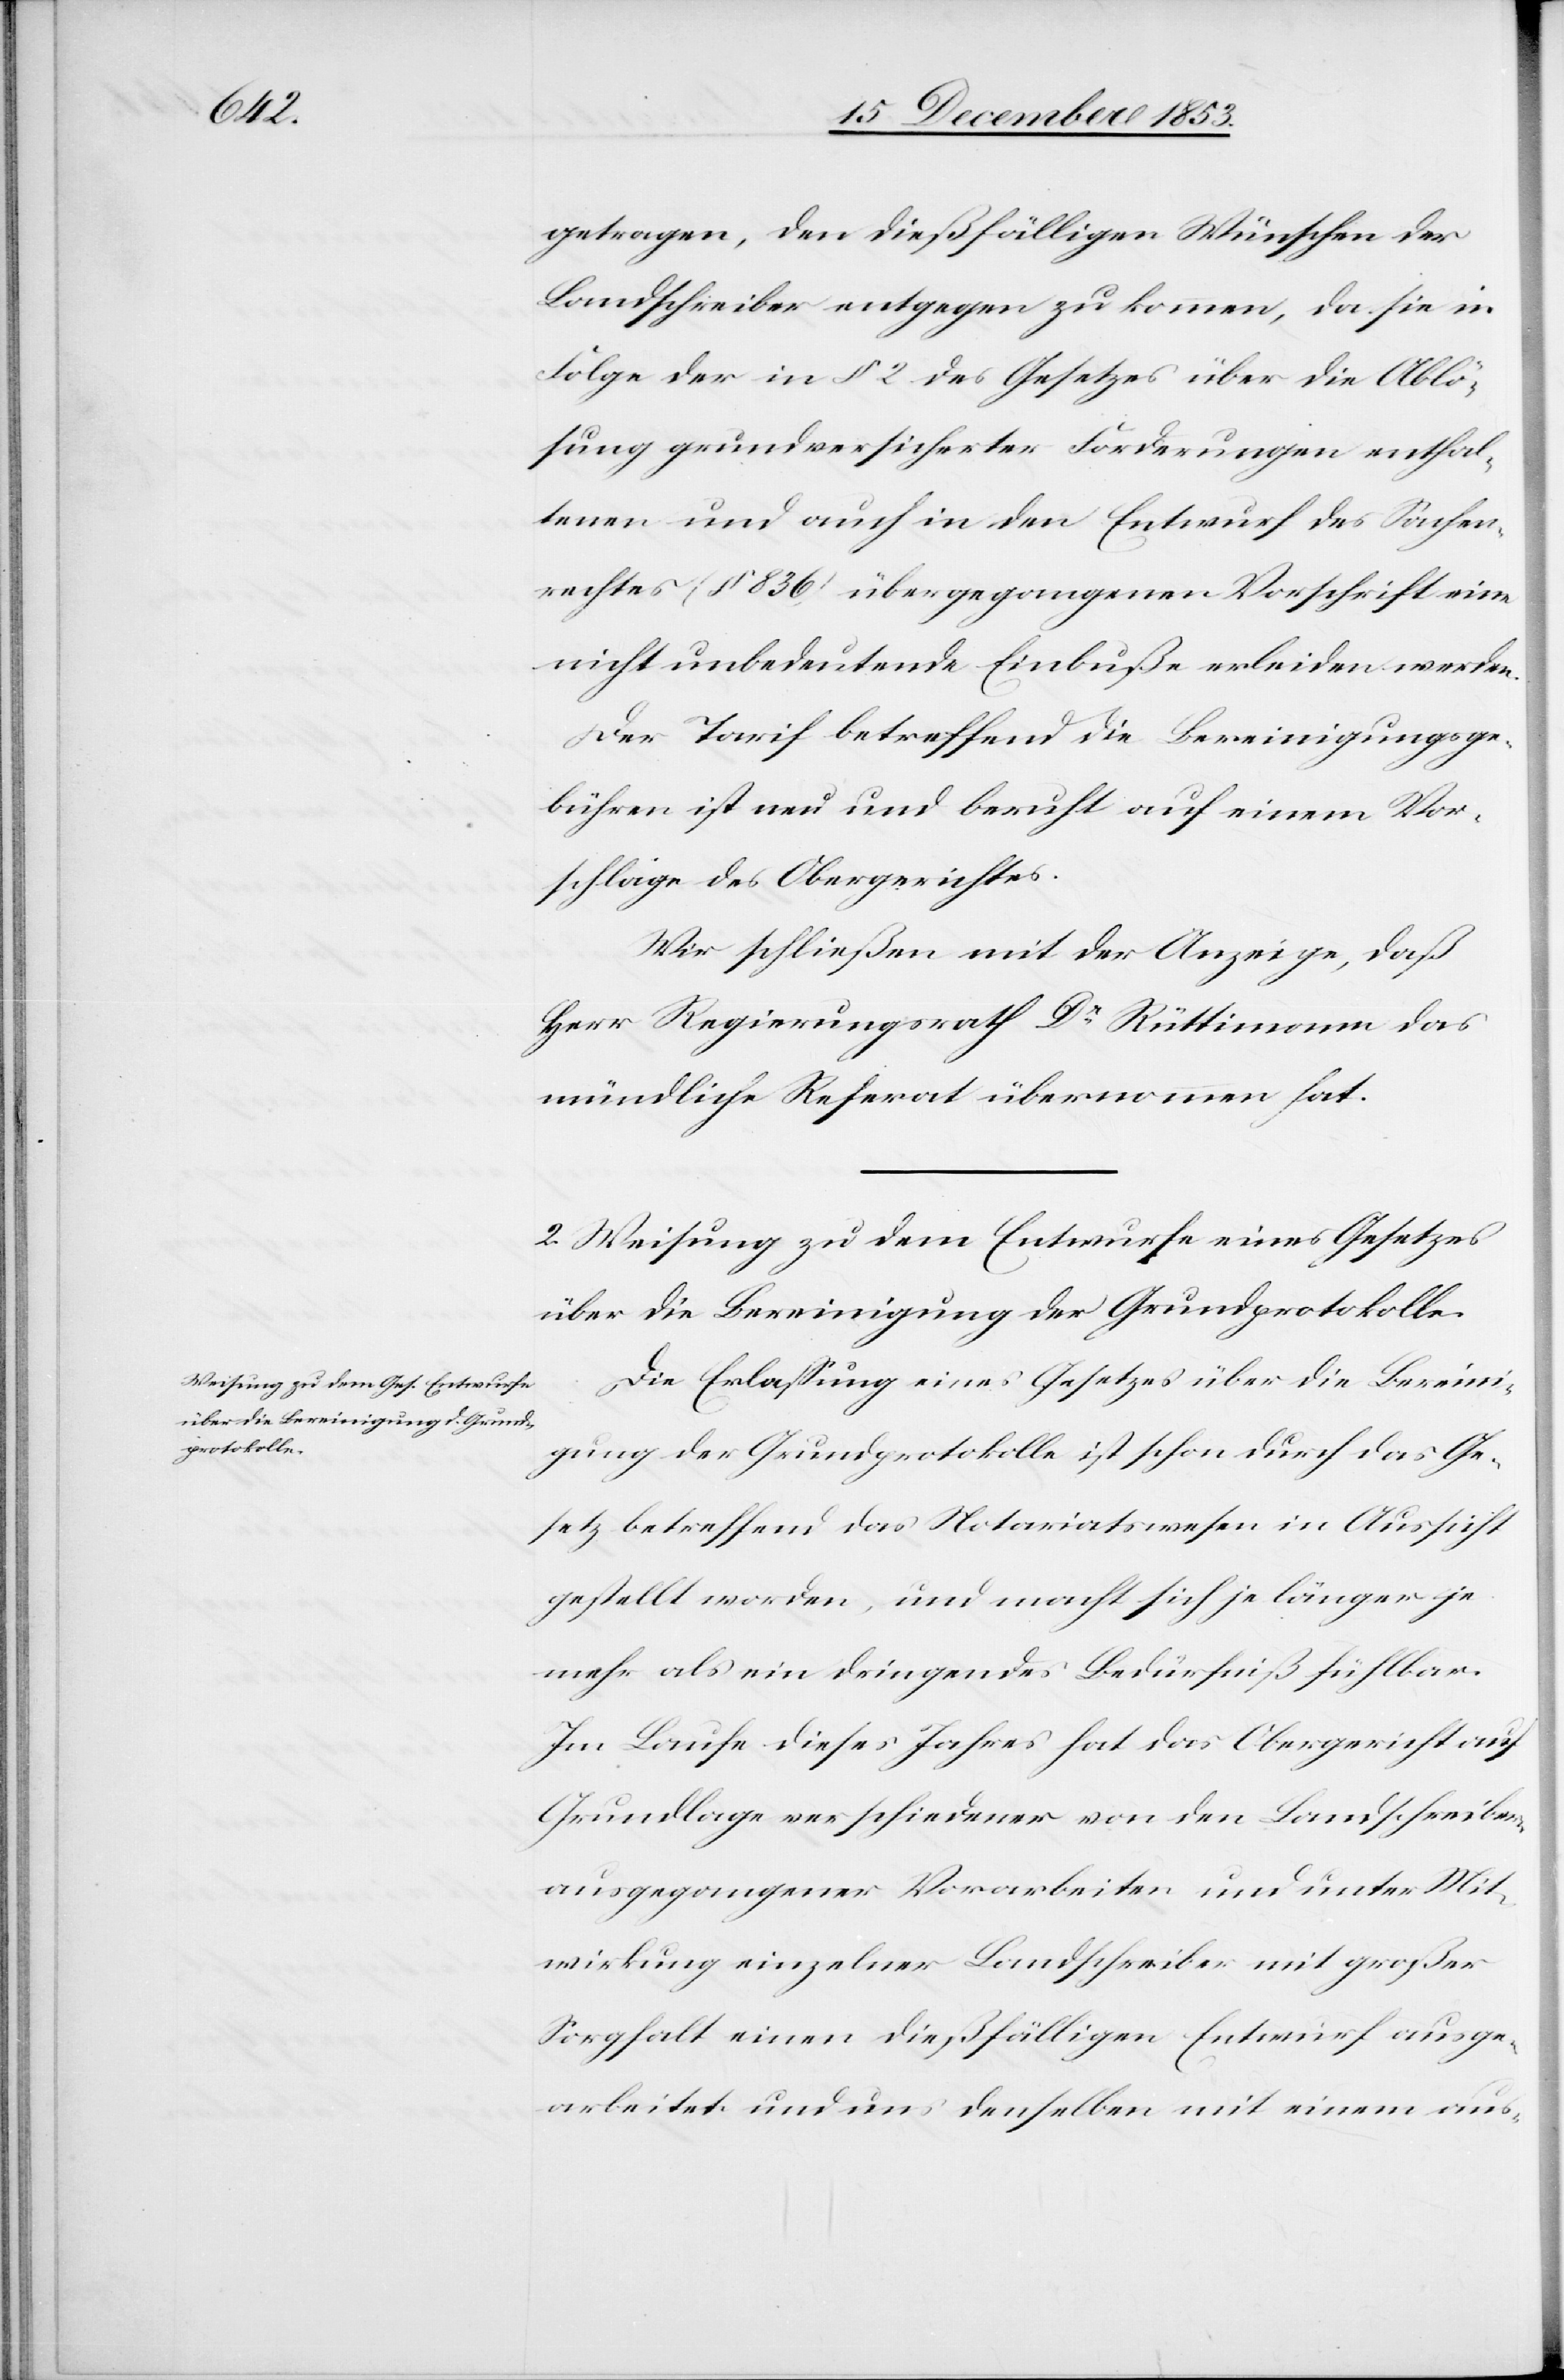
getragen, den dießfälligen Wünschen der
Landschreiber entgegen zu kommen, da sie in
Folge der in § 2 des Gesetzes über die Ablö¬
sung grundversicherter Forderungen enthal¬
tenen und auch in den Entwurf des Sachen¬
rechtes (§ 836) übergegangenen Vorschrift eine
nicht unbedeutende Einbuße erleiden werden.
Der Tarif betreffend die Bereinigungsge¬
bühren ist neu und beruht auf einem Vor¬
schlage des Obergerichtes.
Wir schließen mit der Anzeige, daß
Herr Regierungsrath Dr Rüttimann das
mündliche Referat übernommen hat.
2. Weisung zu dem Entwurfe eines Gesetzes
über die Bereinigung der Grundprotokolle.
Die Erlaßung eines Gesetzes über die Bereini¬
gung der Grundprotokolle ist schon durch das Ge¬
setz betreffend das Notariatswesen in Aussicht
gestellt worden, und macht sich je länger je
mehr als ein dringendes Bedürfniß fühlbar.
Im Laufe dieses Jahres hat das Obergericht auf
Grundlage verschiedener von den Landschreibern
ausgegangener Vorarbeiten und unter Mit¬
wirkung einzelner Landschreiber mit großer
Sorgfalt einen dießfälligen Entwurf ausge¬
arbeitet und uns denselben mit einem aus-